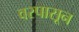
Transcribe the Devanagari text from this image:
वरपासून